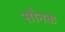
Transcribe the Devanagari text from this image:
सौनक